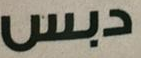
دبس